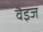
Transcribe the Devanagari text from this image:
वैइज